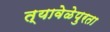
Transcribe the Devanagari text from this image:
त्यावेळेपुरता